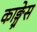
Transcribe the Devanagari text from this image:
काङ्ग्रेस